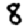
Digit: 8